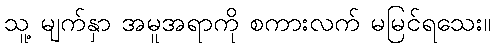
သူ့ မျက်နှာ အမူအရာကို စကားလက် မမြင်ရသေး။